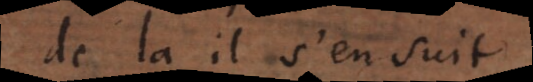
de là il s’ensuit,